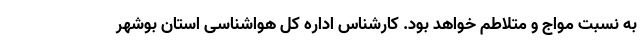
به نسبت مواج و متلاطم خواهد بود. کارشناس اداره کل هواشناسی استان بوشهر